Scottish Leaving Certificate Examination, 1954
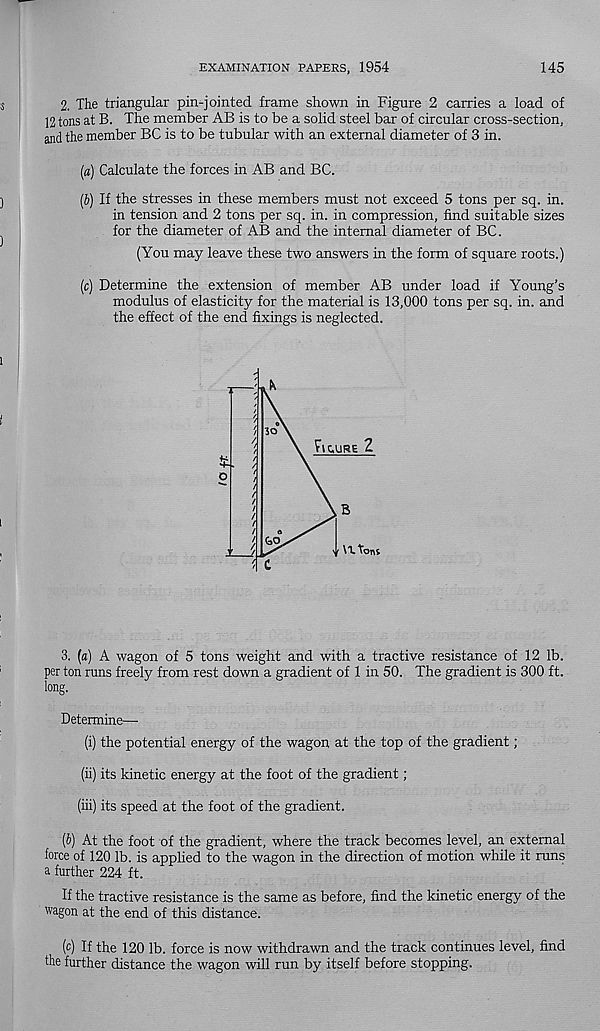
EXAMINATION PAPERS, 1954
145
2. The triangular pin-jointed frame shown in Figure 2 carries a load of
12 tons at B. The member AB is to be a solid steel bar of circular cross-section,
and the member BC is to be tubular with an external diameter of 3 in.
[a) Calculate the forces in AB and BC.
(J) If the stresses in these members must not exceed 5 tons per sq. in.
in tension and 2 tons per sq. in. in compression, find suitable sizes
for the diameter of AB and the internal diameter of BC.
(You may leave these two answers in the form of square roots.)
(c) Determine the extension of member AB under load if Young’s
modulus of elasticity for the material is 13,000 tons per sq. in. and
the effect of the end fixings is neglected.
30
flCURE 2
to
U.tons
3. (a) A wagon of 5 tons weight and with a tractive resistance of 12 lb.
per ton runs freely from rest down a gradient of 1 in 50. The gradient is 300 ft.
long.
Determine—•
(i) the potential energy of the wagon at the top of the gradient;
(ii) its kinetic energy at the foot of the gradient;
(iii) its speed at the foot of the gradient.
(b) At the foot of the gradient, where the track becomes level, an external
force of 120 lb. is applied to the wagon in the direction of motion while it runs
a further 224 ft.
If the tractive resistance is the same as before, find the kinetic energy of the
wagon at the end of this distance.
(c) If the 120 lb. force is now withdrawn and the track continues level, find
the further distance the wagon will run by itself before stopping.